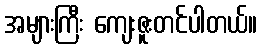
အများကြီး ကျေးဇူးတင်ပါတယ်။